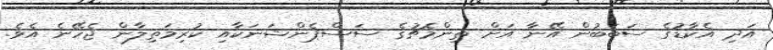
އަދި އެކާޑުގެ ސަބަބުން އޭނާ އަށް ތިންމެޗުގެ ސަސްޕެންޝަނަކާއި ކުރިމަތިލާން ޖެހޭނެ އެވެ.